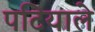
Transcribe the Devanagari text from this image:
पटियाले